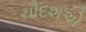
ચૌદશએ